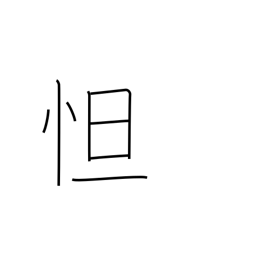
Meaning: be sad